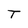
Character: T